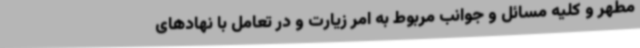
مطهر و کلیه مسائل و جوانب مربوط به امر زیارت و در تعامل با نهادهای